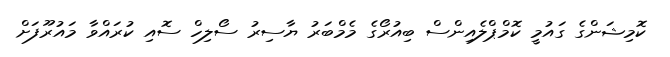
ކޮމިޝަންގެ ގައުމީ ކޮމްޕްލެއިންސް ބިއުރޯގެ މެމްބަރު ޔާސިރު ސޯލިހް ސޮއި ކުރައްވާ މައުރޫފަށް